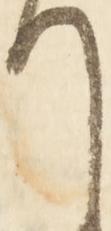
て